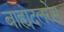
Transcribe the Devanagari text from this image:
बाह्यदलरोम